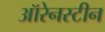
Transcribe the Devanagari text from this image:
ऑरेनस्टीन